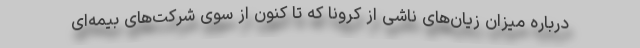
درباره میزان زیان‌های ناشی از کرونا که تا کنون از سوی شرکت‌های بیمه‌ای